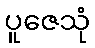
ပူဇေသုံ